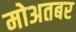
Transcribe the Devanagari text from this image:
मोअतबर